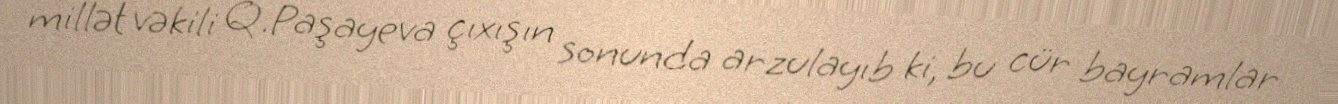
millət vəkili Q.Paşayeva çıxışın sonunda arzulayıb ki, bu cür bayramlar